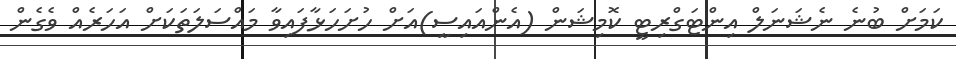
ކަމަށް ބުނެ ނެޝަނަލް އިންޓަގްރިޓީ ކޮމިޝަން (އެންއައިސީ)އަށް ހުށަހަޅާފައިވާ މައްސަލަތަކަށް އަހަރެއް ވެގެން